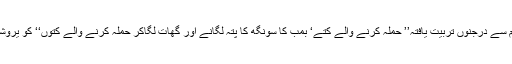
اگلے ایک سال میں یروشلم سے درجنوں تربیت یافتہ’’ حملہ کرنے والے کتے‘ بمب کا سونگھ کا پتہ لگانے اور گھات لگاکر حملہ کرنے والے کتوں‘‘ کو یروشلم سے درآمد کیاجائے گا۔